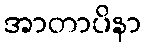
အာတာပိနာ